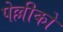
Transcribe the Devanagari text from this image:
पेल्लीको